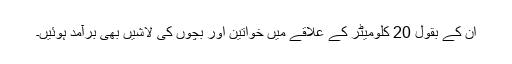
ان کے بقول 20 کلومیٹر کے علاقے میں خواتین اور بچوں کی لاشیں بھی برآمد ہوئیں۔